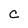
Character: c